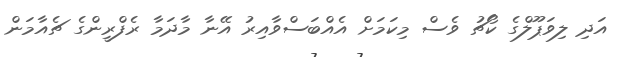
އަދި ލިވަޕޫލްގެ ކޯޗު ވެސް މިކަމަށް އެއްބަސްވާއިރު އޭނާ މާދަމާ ރެފްރީންގެ ޗެއާމަން